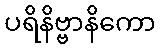
ပရိနိဗ္ဗာနိကော